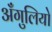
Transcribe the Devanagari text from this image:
अँगुलियो